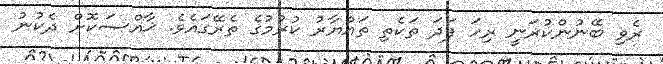
ރެވި ބޭނުންކުރަނީ ރިހަ ފަދަ ތަކެތި ތައްޔާރު ކުރުމުގެ ތެރޭގައެވެ. ޚާއްޞަކޮށް ދެކުނު